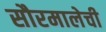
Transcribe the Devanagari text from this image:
सौरमालेची